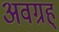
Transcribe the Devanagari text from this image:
अवग्रह्